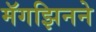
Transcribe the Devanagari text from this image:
मॅगझिनने